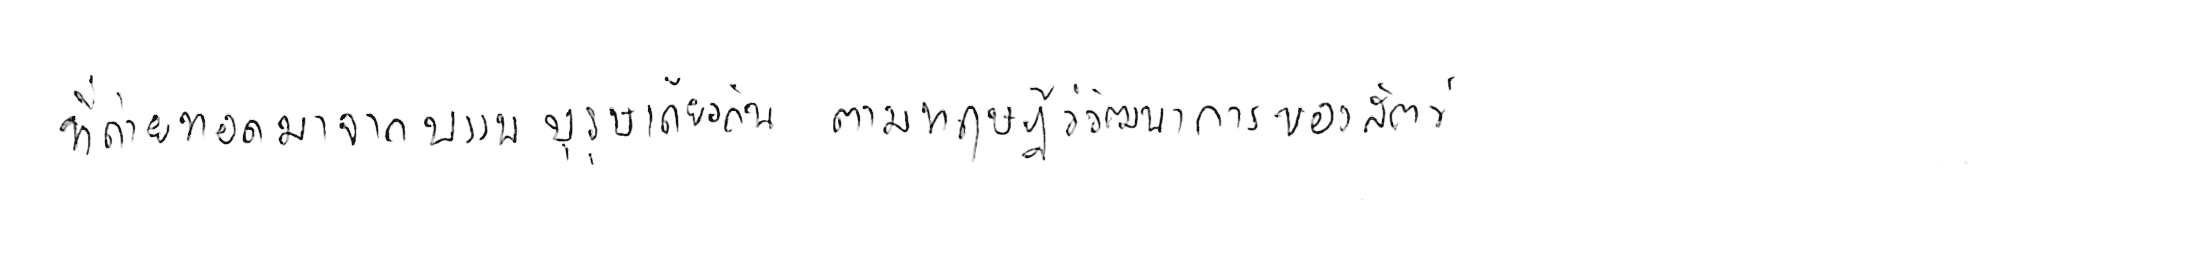
ที่ถ่ายทอดมาจากบรรพบุรุษเดียวกัน ตามทฤษฎีวิวัฒนาการของสัตว์